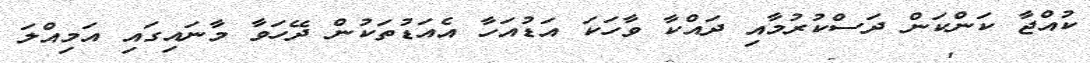
ކުއްޖާ ކަންކަން ދަސްކުރުމާއި ދައްކާ ވާހަކަ އަޑުއަހާ އެއަޑުތަކުން ދޭހަވާ މާނައިގައި އަމިއްލަ